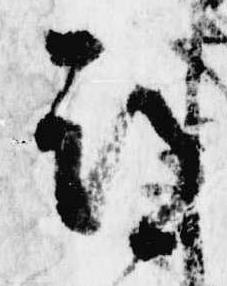
期